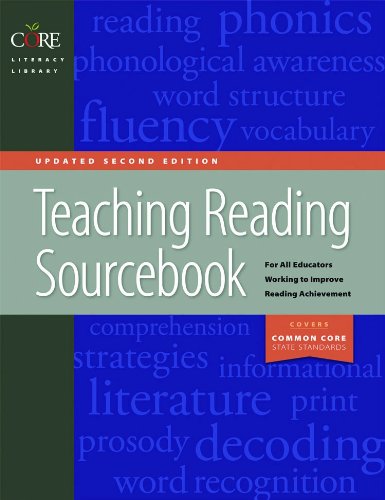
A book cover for Teaching Reading Sourcebook Updated Second Edition (Core Literacy Library); Bill Honig; Education & Teaching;